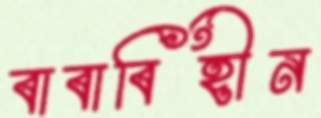
বাবাবিহীন